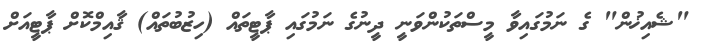
"ޝެއިޚުން" ގެ ނަމުގައިވާ މީސްތަކުންވަނީ ދީނުގެ ނަމުގައި ޕާޓީތައް (ހިޒުބުތައް) ޤާއިމްކޮށް ޕާޓީއަށް